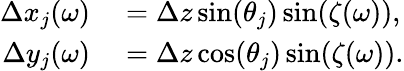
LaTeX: \begin{array}{rl}{\Delta x_{j}(\omega)}&{{}=\Delta z\sin(\theta_{j})\sin(\zeta(\omega)),}\\ {\Delta y_{j}(\omega)}&{{}=\Delta z\cos(\theta_{j})\sin(\zeta(\omega)).}\end{array}